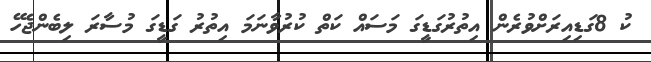
ކު 8ގަޑިއިރަށްވުރެން އިތުރުގަޑީގަ މަސައް ކަތް ކުރުވާނަމަ އިތުރު ގަޑީގަ މުސާރަ ލިބެންޖެހޭ